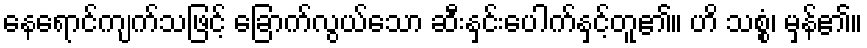
နေရောင်ကျက်သဖြင့် ခြောက်လွယ်သော ဆီးနှင်းပေါက်နှင့်တူ၏။ ဟိ သစ္စံ၊ မှန်၏။